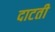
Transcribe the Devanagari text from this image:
दाटती